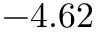
- 4 . 6 2